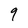
Character: 9